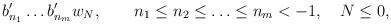
LaTeX: \begin{align*}b'_{n_1} \ldots b'_{n_m} w_N, \quad \quad n_1\leq n_2\leq \ldots\leq n_m < -1, \quad N \leq 0,\end{align*}